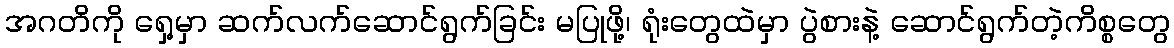
အဂတိကို ရှေ့မှာ ဆက်လက်ဆောင်ရွက်ခြင်း မပြုဖို့၊ ရုံးတွေထဲမှာ ပွဲစားနဲ့ ဆောင်ရွက်တဲ့ကိစ္စတွေ